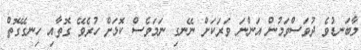
މާބަނޑުވެ ދުވަސްވަމުން އަންނަ ވަރަކަށް ނޭނގި ނަމަވެސް ކޮޅަށް ހުރެވޭ ގޮތާއި ހިނގޭގޮތް